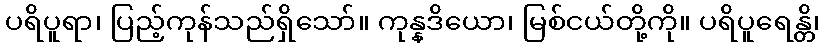
ပရိပူရာ၊ ပြည့်ကုန်သည်ရှိသော်။ ကုန္နဒိယော၊ မြစ်ငယ်တို့ကို။ ပရိပူရေန္တိ၊